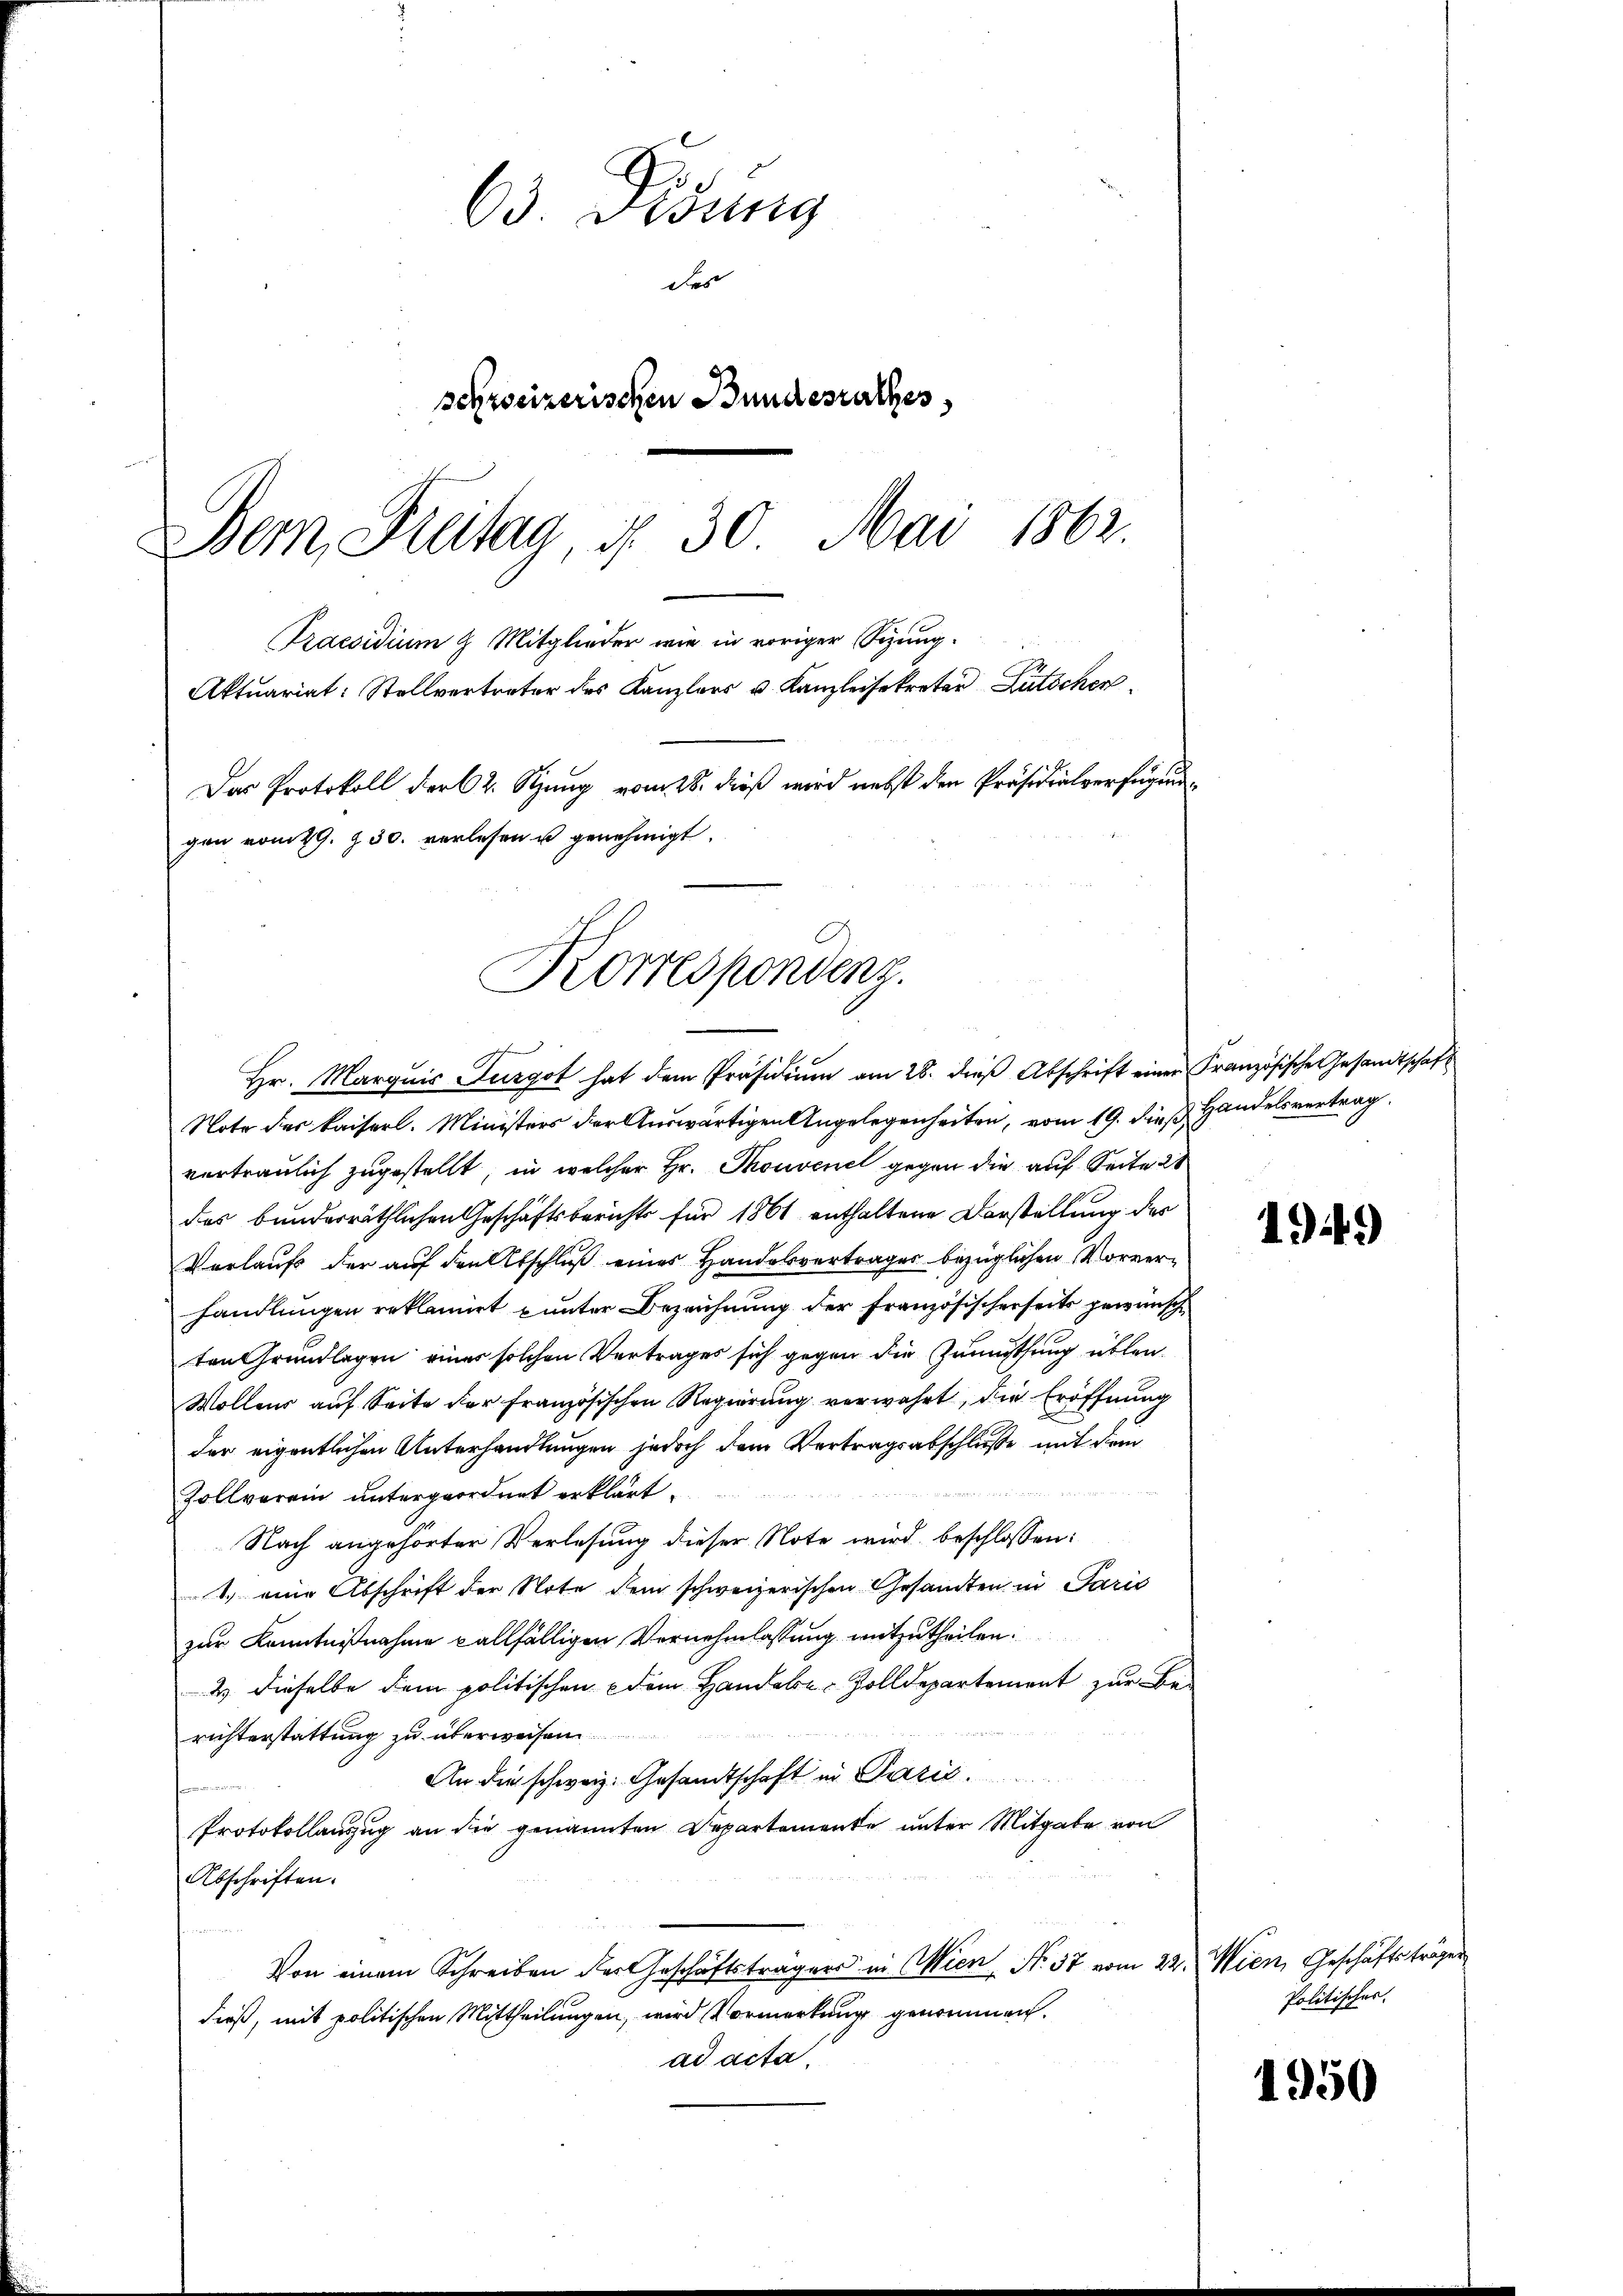
63 Visung
des
schweizerischen Bundesrathes
Dem Freitag, d. 30. Mai 1862.
Praesidium 9 Mitglieder wie in voriger Sizung.
Aktuariat: Stellvertreter des Kanzlers u. Kanzleisekretär Lütschen
Das Protokoll der 62. Szung vom 28. dieß wird nebst den Präsidialverfügung
gen vom 29. Z. 30. verlesen u genehmigt.

Note des Kaiserl. Ministers der Auswärtigen Angelegenheiten, vom 19. dieß Handelsvertrag
vertraulich zugestellt, in welcher Hr. Thouvenet gegen die auf Seite 28
das bundesräthlichen Geschäftsberichts für 1861 enthaltene Vorstellung der
Vorlaufs der auf den Abschluß eines Handelsvertrages bezüglichen Vorverhandlungen reklamirt unter Bezeichnung der Französischerseits gewünsch
von Grundlegen einer solchen Vertrages sich gegen die Zumutung üblen
Wollens auf Seite der Französischen Regierung verwahrt, die Eröffnung
der eigentlichen Unterhandlungen jedoch dem Vertragsabschluße mit dem

Zollverein untergeordnet erklärt.
Nach angehörter Verlesung dieser Note wird beschlossen:
1. eine Abschrift der Note dem schweizerischen Gesandten in Paris
zur Kenntnißnahme allfälligen Vernehmlassung mitzutheilen.
2 dieselbe dem politischen dem Handele Zolldepartement zur Be-
richterstattung zu überweisen
An die schweiz. Gesandtschaft in Paris
  im
Protokollanzug an die genannten Departemente unter Mitgabe von
Abschriften.
Von einem Schreiben der Geschäftsträger in Wien, No. 37 vom 22. Wien, Geschäftsträger
dieß, mit politischen Mittheilungen, wird Vormerkung genommen.
ad acta.

Korrespondenz.
Hr. Marquis Furgot hat dem Präsidiŭm am 28. dieβ Abschrift einer Französische Gesandtschaft

1949

Politisches.

1950